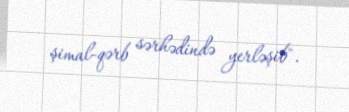
şimal-qərb sərhədində yerləşib".